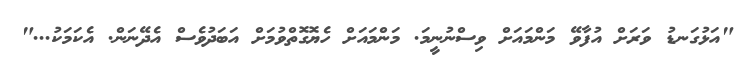
"އަޅުގަނޑު ވަރަށް އުފާވޭ މަންމައަށް ވިސްނުނީމަ. މަންމައަށް ހެޔޮގޮތްވުމަށް އަބަދުވެސް އެދޭނަން. އެކަމަކު..."